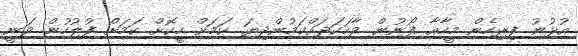
އުޅުނު ފިރިހެން މީހާއާ ފޯނުން ވާހަކަދައްކަމުންދިޔަ ކަމަށް ހީކޮށް ކަމަށް ފުލުހުން ވަނީ